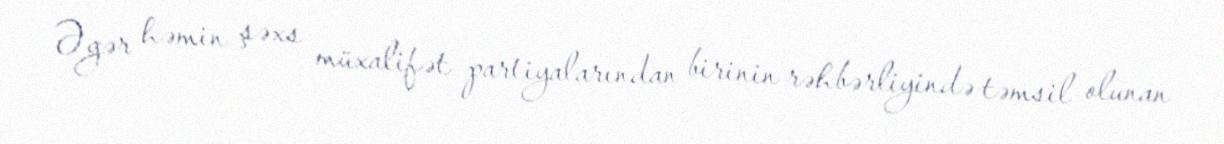
Əgər həmin şəxs müxalifət partiyalarından birinin rəhbərliyində təmsil olunan